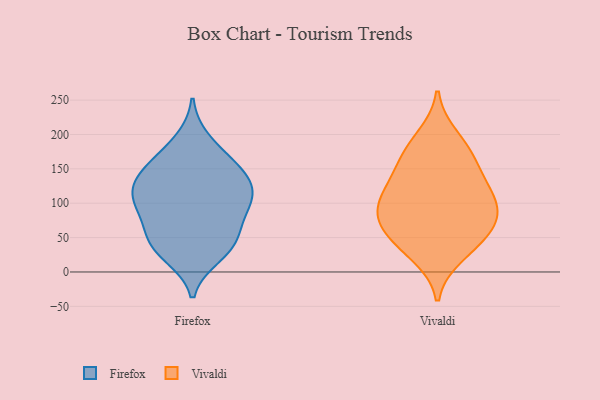
{"axis": {"x": "Page Views", "y": "Value"}, "legend": ["Firefox", "Vivaldi"], "data": [{"x": "", "y": 37, "type": "Firefox"}, {"x": "", "y": 45, "type": "Firefox"}, {"x": "", "y": 118, "type": "Firefox"}, {"x": "", "y": 62, "type": "Firefox"}, {"x": "", "y": 88, "type": "Firefox"}, {"x": "", "y": 105, "type": "Firefox"}, {"x": "", "y": 88, "type": "Firefox"}, {"x": "", "y": 155, "type": "Firefox"}, {"x": "", "y": 118, "type": "Firefox"}, {"x": "", "y": 163, "type": "Firefox"}, {"x": "", "y": 24, "type": "Firefox"}, {"x": "", "y": 141, "type": "Firefox"}, {"x": "", "y": 140, "type": "Firefox"}, {"x": "", "y": 109, "type": "Firefox"}, {"x": "", "y": 38, "type": "Firefox"}, {"x": "", "y": 191, "type": "Firefox"}, {"x": "", "y": 39, "type": "Vivaldi"}, {"x": "", "y": 109, "type": "Vivaldi"}, {"x": "", "y": 80, "type": "Vivaldi"}, {"x": "", "y": 98, "type": "Vivaldi"}, {"x": "", "y": 24, "type": "Vivaldi"}, {"x": "", "y": 197, "type": "Vivaldi"}, {"x": "", "y": 65, "type": "Vivaldi"}, {"x": "", "y": 174, "type": "Vivaldi"}, {"x": "", "y": 142, "type": "Vivaldi"}, {"x": "", "y": 77, "type": "Vivaldi"}, {"x": "", "y": 53, "type": "Vivaldi"}, {"x": "", "y": 166, "type": "Vivaldi"}, {"x": "", "y": 129, "type": "Vivaldi"}, {"x": "", "y": 103, "type": "Vivaldi"}]}